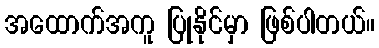
အထောက်အကူ ပြုနိုင်မှာ ဖြစ်ပါတယ်။